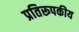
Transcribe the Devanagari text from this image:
प्रतिरूपकीय